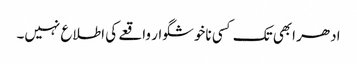
ادھر ابھی تک کسی ناخوشگوار واقعے کی اطلاع نہیں۔